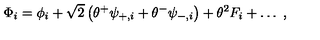
\Phi _ { i } = \phi _ { i } + \sqrt { 2 } \left( \theta ^ { + } \psi _ { + , i } + \theta ^ { - } \psi _ { - , i } \right) + \theta ^ { 2 } F _ { i } + \ldots \ ,